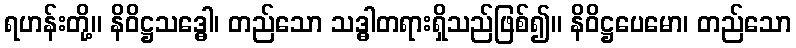
ရဟန်းတို့။ နိဝိဋ္ဌသဒ္ဓေါ၊ တည်သော သဒ္ဓါတရားရှိသည်ဖြစ်၍။ နိဝိဋ္ဌပေမော၊ တည်သော